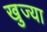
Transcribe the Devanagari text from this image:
खुज्या